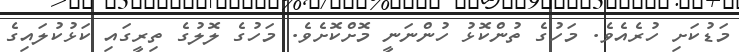
މަޑުކަށި ހުރެއެވެ. މަހުގެ ތުންކޮޅު ހުންނަނީ މޮށްކޮށެވެ. މަހުގެ ލޮލުގެ ތިރީގައި ކަޅުކުލައިގެ